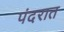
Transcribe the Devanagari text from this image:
पंदरात